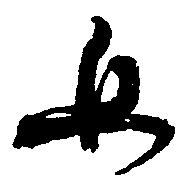
女